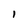
Character: I